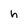
Character: h